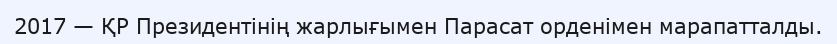
2017 — ҚР Президентінің жарлығымен Парасат орденімен марапатталды.